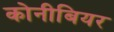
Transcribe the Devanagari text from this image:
कोनीबियर